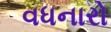
વધનારો